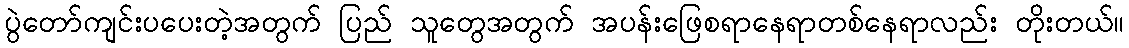
ပွဲတော်ကျင်းပပေးတဲ့အတွက် ပြည် သူတွေအတွက် အပန်းဖြေစရာနေရာတစ်နေရာလည်း တိုးတယ်။